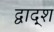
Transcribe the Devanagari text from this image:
द्वाद्श